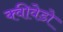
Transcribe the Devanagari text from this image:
क्वीवेडो